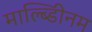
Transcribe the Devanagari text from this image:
माल्ब्डिीनम